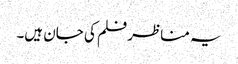
یہ مناظر فلم کی جان ہیں۔